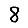
Digit: 8